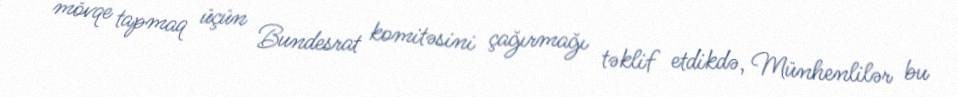
mövqe tapmaq üçün Bundesrat komitəsini çağırmağı təklif etdikdə, Münhenlilər bu